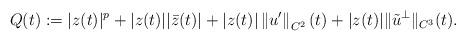
LaTeX: \begin{align*}Q(t):= |z(t)|^{p}+|z(t)||\bar{z}(t)|+|z(t)|\left\Vert u'\right\Vert _{C^2}(t)+ |z(t)|\Vert \tilde u^\perp \Vert _{C^3}(t). \end{align*}